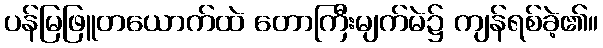
ပန်မြဖြူတယောက်ထဲ တောကြီးမျက်မဲ၌ ကျန်ရစ်ခဲ့၏။